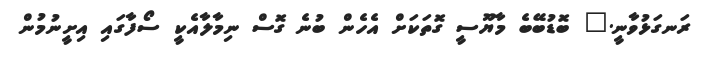
ރަނގަޅުވާނީ." ބޮޑުބޭބެ މާޔޫސީ ގޮތަކަށް އެހެން ބުނެ ގޮސް ނިމާލާއެކީ ސޯފާގައި އިށީނުމުން